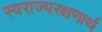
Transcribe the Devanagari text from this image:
स्वराज्यरक्षणार्थ